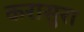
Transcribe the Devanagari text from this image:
करासुरा